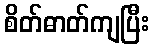
စိတ်ဓာတ်ကျပြီး